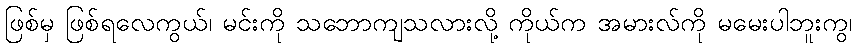
ဖြစ်မှ ဖြစ်ရလေကွယ်၊ မင်းကို သဘောကျသလားလို့ ကိုယ်က အမားလ်ကို မမေးပါဘူးကွ၊